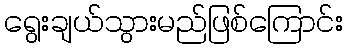
ရွေးချယ်သွားမည်ဖြစ်ကြောင်း